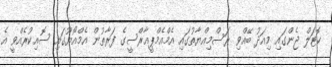
ހޮޓަލް ޖެންގައި މިއަދު ބޭއްވި ރަސްމިއްޔާތުގައި އެމްއެމްޕީއާރްސީގެ ފަރާތުން އެމްއޯޔޫގައި ސޮއިކުރެއްވީ އެ